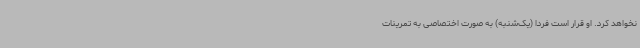
نخواهد کرد. او قرار است فردا (یک‌شنبه) به صورت اختصاصی به تمرینات